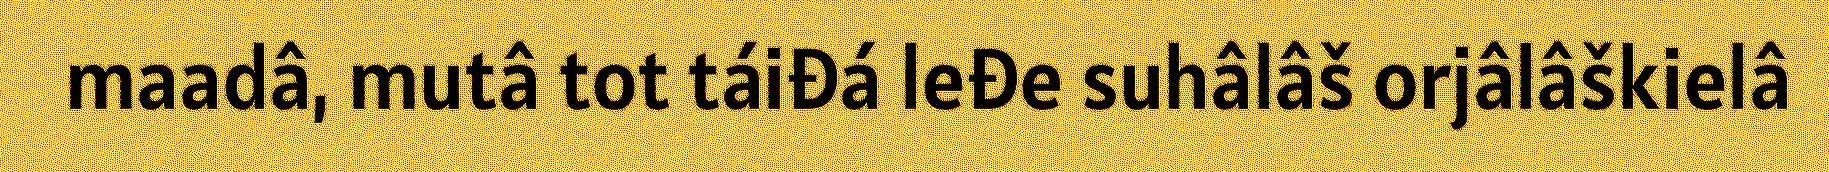
maadâ, mutâ tot táiđá leđe suhâlâš orjâlâškielâ